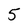
Character: 5